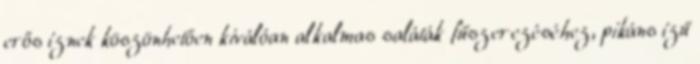
erős íznek köszönhetően kiválóan alkalmas saláták fűszerezéséhez, pikáns ízű